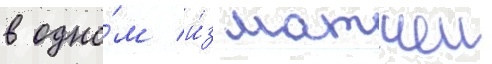
в одно́м и́з матчеи